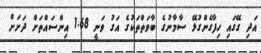
އަދި ގޭގައި ހިފާގެންގުޅޭ ސާމާނުގެ ބާވަތްތަކުގެ އަގު ވަނީ 1.68 އިންސައްތަށް ދަށަށް